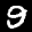
Label: 9